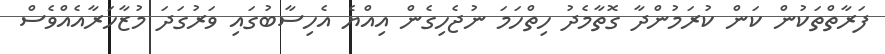
ފަރާތްތަކުން ކަން ކުރަމުންދާ ގޮތާމެދު ހިތްހަމަ ނުޖެހިގެން އިއްޔެ އެހިސާބުގައި ވަރުގަދަ މުޒާހަރާއެއްވެސް